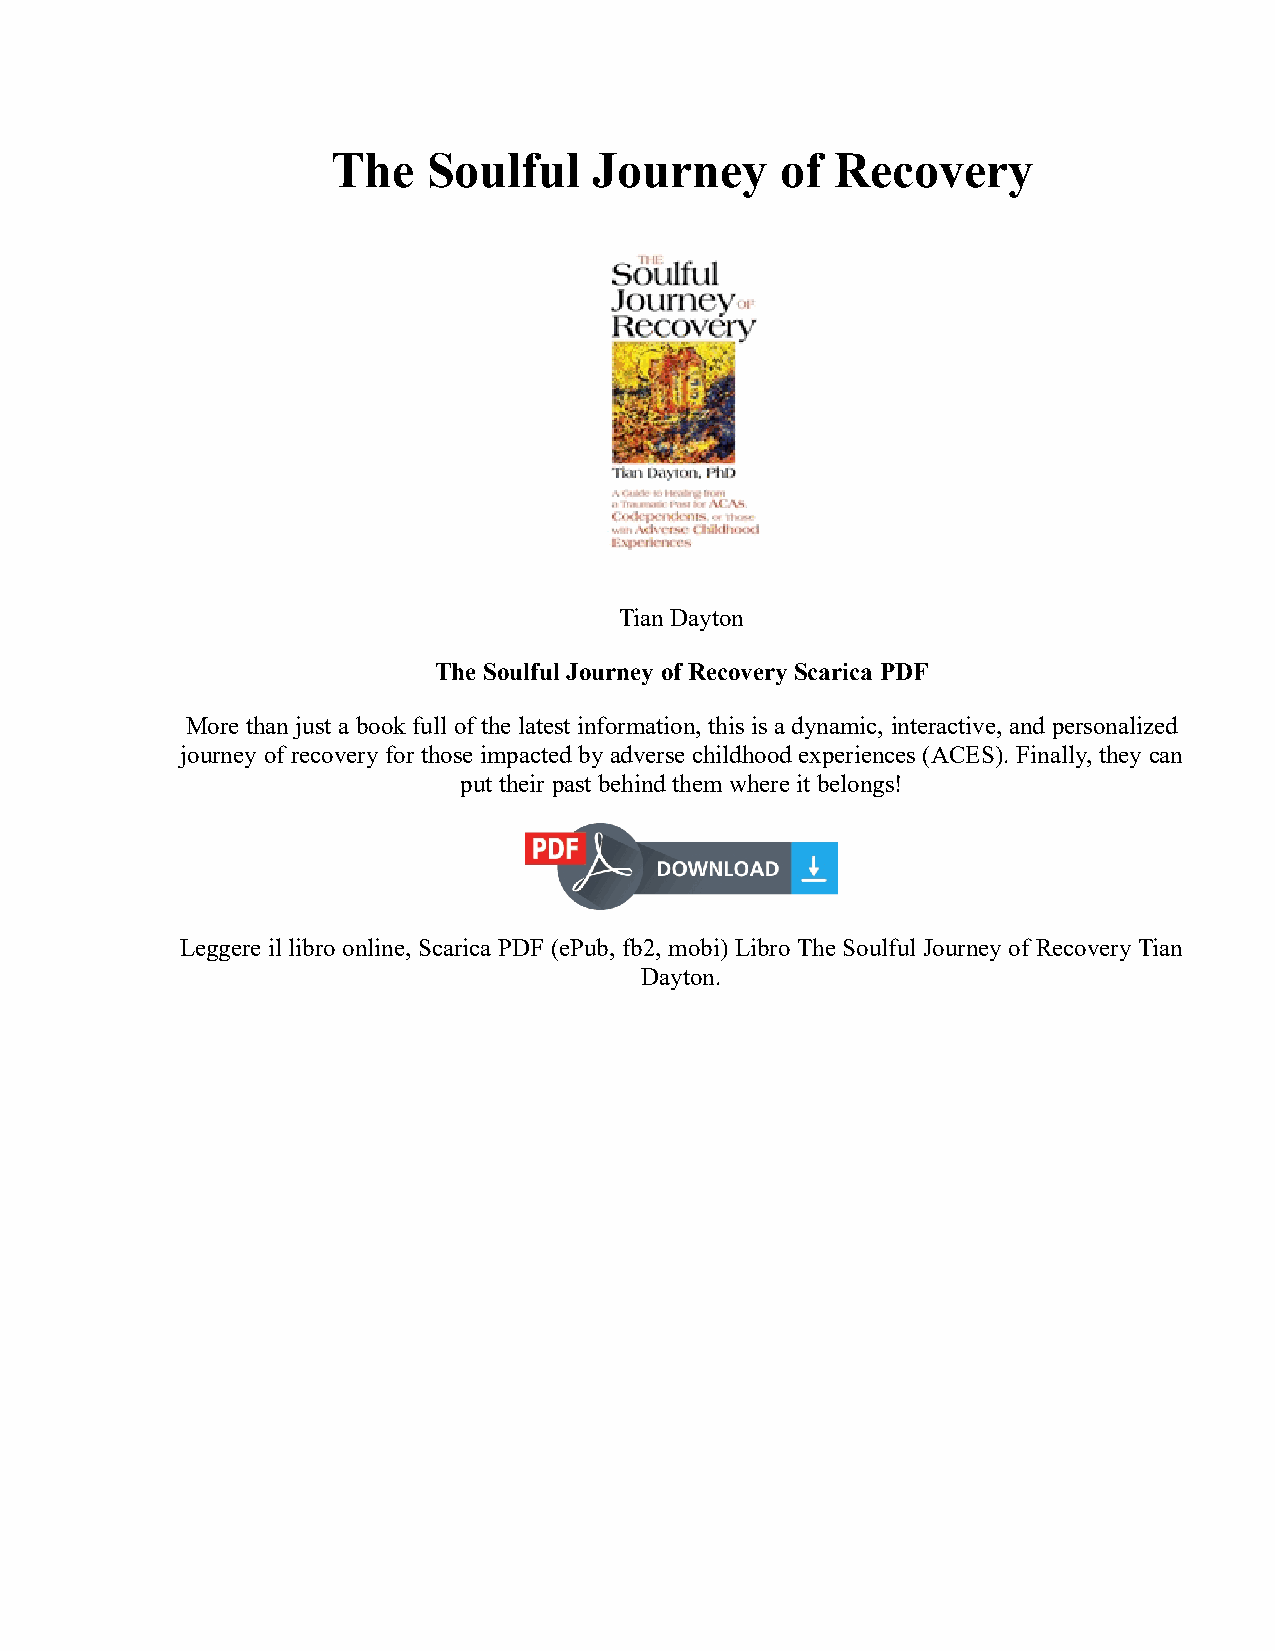
The   Soulful    Journey      of Recovery
 Tian Dayton
 The Soulful Journey of Recovery Scarica PDF
 More than just a book full of the latest information, this is a dynamic, interactive, and personalized
 journey of recovery for those impacted by adverse childhood experiences (ACES). Finally, they can
 put their past behind them where it belongs!
 Leggere il libro online, Scarica PDF (ePub, fb2, mobi) Libro The Soulful Journey of Recovery Tian
 Dayton.